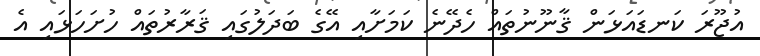
އުޖޫރަ ކަނޑައަޅަން ޤާނޫނުތައް ހެދޭނެ ކަމަށާއި އޭގެ ބަދަލުގައި ޤަރާރުތައް ހުށަހަޅައި އެ